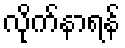
လိုက်နာရန်